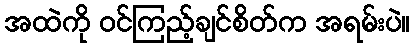
အထဲကို ဝင်ကြည့်ချင်စိတ်က အရမ်းပဲ။